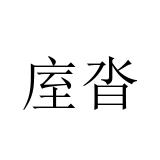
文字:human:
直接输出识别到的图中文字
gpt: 庢沓